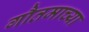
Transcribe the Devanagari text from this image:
गौतमाच्या